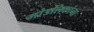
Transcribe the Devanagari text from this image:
मांडलिकांना